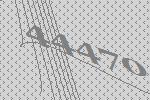
44470